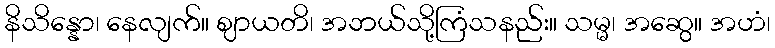
နိသိန္နော၊ နေလျက်။ ဈာယတိ၊ အဘယ်သို့ကြံသနည်း။ သမ္မ၊ အဆွေ။ အဟံ၊